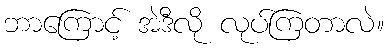
ဘာကြောင့် အဲဒီလို လုပ်ကြတာလဲ။